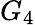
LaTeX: G_{4}